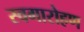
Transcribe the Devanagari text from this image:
स्वगारोहण